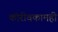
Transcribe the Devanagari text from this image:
कोरीवकामही